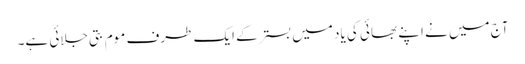
آج میں نے اپنے بھائی کی یاد میں بستر کے ایک طرف موم بتی جلائی ہے۔